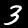
Digit: 3